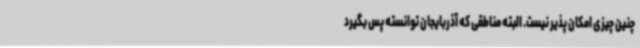
چنین چیزی امکان پذیر نیست. البته مناطقی که آذربایجان توانسته پس بگیرد